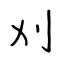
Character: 刈